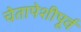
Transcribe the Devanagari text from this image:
चेतापेशीपूर्व